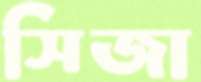
সিজা